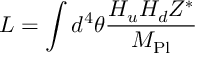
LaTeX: { \cal L } = \int d ^ { 4 } \theta { \frac { H _ { u } H _ { d } Z ^ { * } } { M _ { \mathrm { P l } } } }